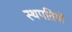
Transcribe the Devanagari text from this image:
स्थपतियों